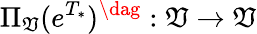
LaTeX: \Pi_{\mathfrak{V}}(e^{T_{*}})^{\dag}:\mathfrak{V}\to\mathfrak{V}